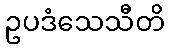
ဥပဒံသေသီတိ